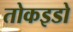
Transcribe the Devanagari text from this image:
तोकइडो